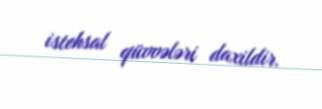
istehsal qüvvələri daxildir.